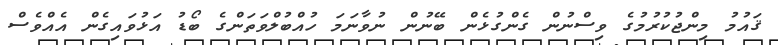
ޤައުމު މިންޖުކުރުމުގެ ވިސްނުން ގެންގުޅެން ބޭނުން ނުވާނަމަ ހުއްބުލްވަތަންގެ ބޯޑު އަޅުވައިގެން އެއްވެސް